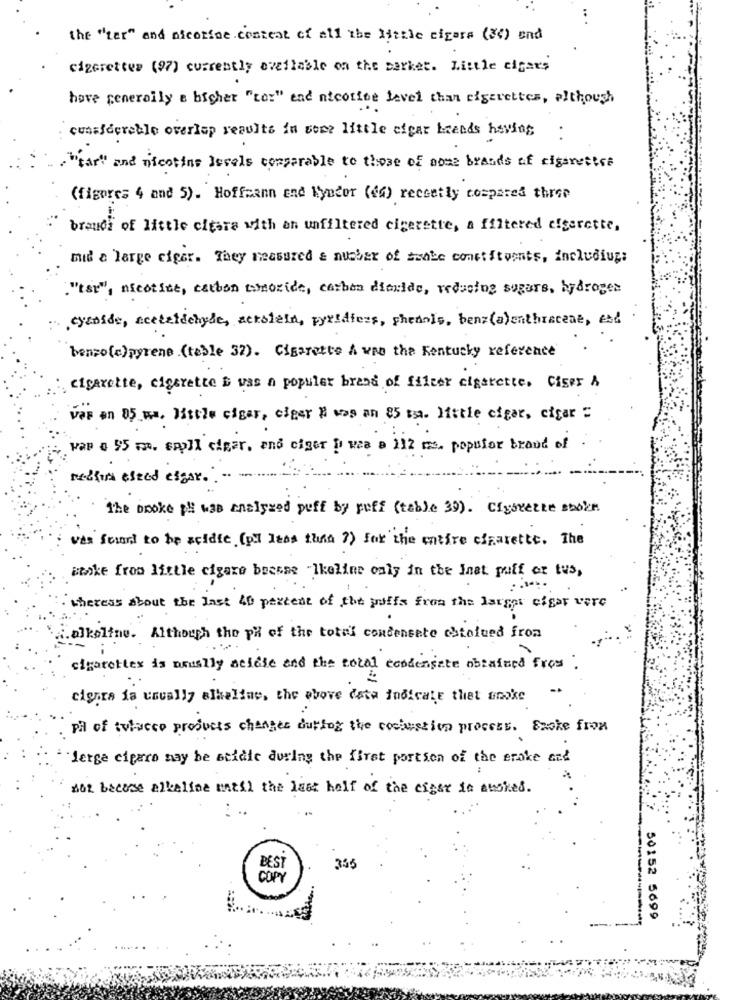
..
the "ter" and nicotine.content of all the little cigare (3) end
cigarettes (97) currently available on the barket. Little cigars
hove generally a higher "com" and nicotine Level than cigarettes, although
considereble overlap results in some little efcar kaands having :
"tar" and nicotine levels comparable to those of aose brands of cigarettes
(figures 4 and 5). Hoffmann and Kynder (44) recently compared three
brandi of little cigara with an unfiltered cigerette, a filtered efgerette,
mid a large ciger. They measured & number of asabe constituents, including:
"tsr", nicotine, carbon monoxide, carbon diaride, reducing sugars, hydrogen
cyanide, acetalichyle, ackslein, pyridfers, phenols, benz(a)enthraceae, est
benzo(e)pyrene .(table 32). Cigarette A was the Kentucky reference
. cigarette, cigarette i was a populer brand of filter cigarette, Ciger &
vas en 05 ms. little cigar, clear i was an 85 tm. little cigar, cigar "
van a $5 mm. spill cigar, and ciger ) was a 112 ms. populor brand of
machin eszed essor. .
The booke pH was analyzed puff by puff (table 39). Cigarette smoke.
was found to be zeidie (pl less than ?) for the entire cigarette. The
stoke from little cigare bresse Ikeline only in the Inst puff or tus,
theress about the last 40 percent of the proffs from the larger cigar vere
.alkaline. Although the ph of the total condensate ostolued from
cigarettes is arually acidic and the total condensate obtained from
cigars ia usually albeline, the above data indicate that onoke
Pa of twlacco products changes curfog the cochustion process. Smoke from
Serge citaro may be stidle during the first portion of the erake and
not become alkaline until the last half of the cigar in auskes.
BEST
355
50152 5699